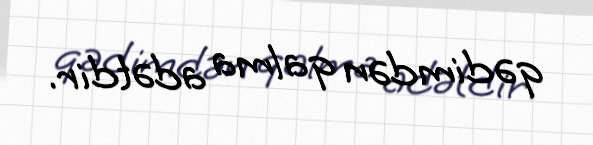
qədimdən qalma adətdir.